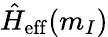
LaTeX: \hat{H}_{\mathrm{eff}}(m_{I})